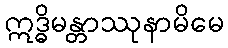
ဣဒ္ဓိမန္တာဿုနာမိမေ